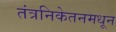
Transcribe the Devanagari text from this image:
तंत्रनिकेतनमधून